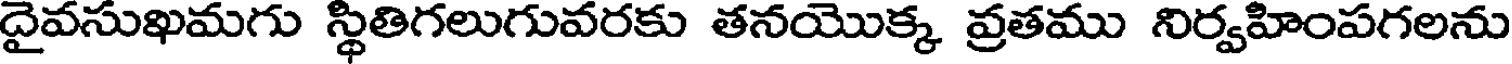
దైవసుఖమగు స్థితిగలుగువరకు తనయొక్క వ్రతము నిర్వహింపగలను